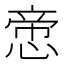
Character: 𢝃